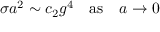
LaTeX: \sigma a ^ { 2 } \sim c _ { 2 } g ^ { 4 } \quad \mathrm { a s } \quad a \to 0